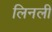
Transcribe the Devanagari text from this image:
लिनली